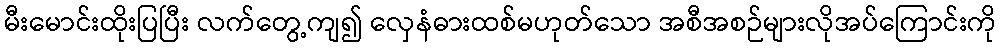
မီးမောင်းထိုးပြပြီး လက်တွေ့ကျ၍ လှေနံဓားထစ်မဟုတ်သော အစီအစဉ်များလိုအပ်ကြောင်းကို